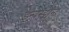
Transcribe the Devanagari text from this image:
इन्वेस्ट्मेन्ट